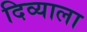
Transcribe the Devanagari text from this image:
दिव्याला